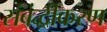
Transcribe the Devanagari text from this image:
संबंद्धीकरण